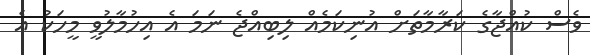
ވެސް ކުއްޖާގެ ކަރާމާތަށް އުނިކަމެއް ލިބިއްޖެ ނަމަ އެ އިހުމާލުވީ މީހަކު އެ